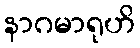
နာဂမာရုဟိ